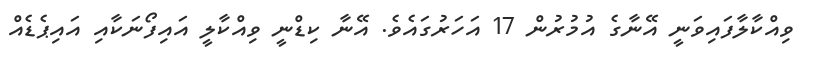
ވިއްކާލާފައިވަނީ އޭނާގެ އުމުރުން 17 އަހަރުގައެވެ. އޭނާ ކިޑްނީ ވިއްކާލީ އައިފޯނަކާއި އައިޕެޑެއް